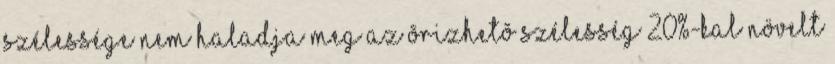
szélessége nem haladja meg az õrizhetõ szélesség 20%-kal növelt